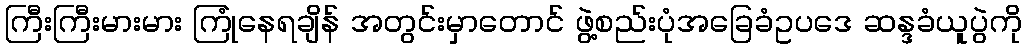
ကြီးကြီးမားမား ကြုံနေရချိန် အတွင်းမှာတောင် ဖွဲ့စည်းပုံအခြေခံဥပဒေ ဆန္ဒခံယူပွဲကို